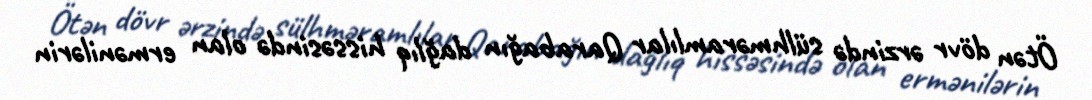
Ötən dövr ərzində sülhməramlılar Qarabağın dağlıq hissəsində olan ermənilərin